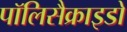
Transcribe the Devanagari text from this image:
पॉलिसैक्राइडो